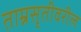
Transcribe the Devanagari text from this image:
ताम्रसृतीवरील